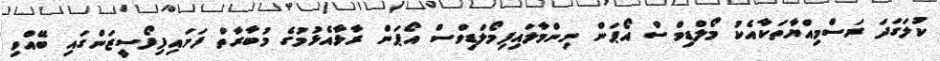
ކުލަގަދަ ރަސްމިއްޔާތަކާއެކު މޯލްޑިވްސް އޯޕަން ނިންމާލައިފިމޯލްޑިވްސް އޯޕަން ރާޅާއެޅުމުގެ މުބާރާތް ފަށައިފިފޯސީޒަންގައި ބޭއްވި